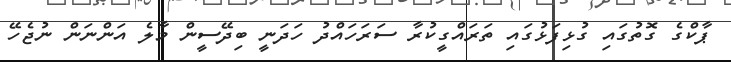
ޕާކްގެ ގޮތުގައި ގުޅިފަޅުގައި ތަރައްގީކުރާ ސަރަހައްދު ހަދަނީ ބިދޭސީން މާލެ އަންނަން ނުޖެހޭ